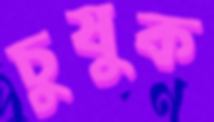
চুষুক